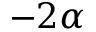
- 2 \alpha